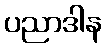
ပညာဒါန